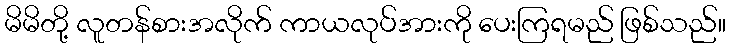
မိမိတို့ လူတန်စားအလိုက် ကာယလုပ်အားကို ပေးကြရမည် ဖြစ်သည်။